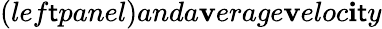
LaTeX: (lef\mathsf{t}panel)anda\mathbf{v}erage\mathbf{v}eloc\mathbf{i}\mathsf{t}y